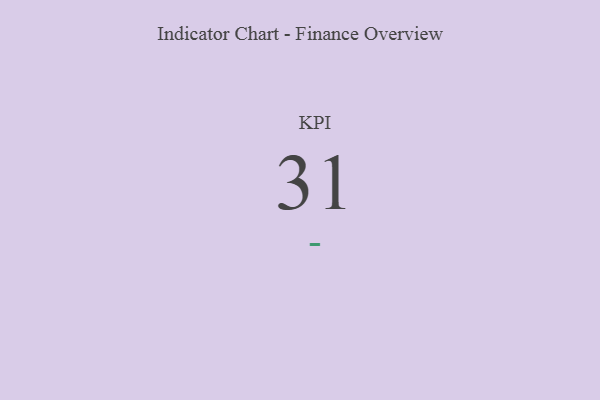
{"axis": {"x": "KPI", "y": "Value"}, "legend": [""], "data": [{"x": "KPI", "y": 31, "type": ""}]}